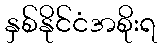
နှစ်နိုင်ငံအစိုးရ